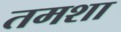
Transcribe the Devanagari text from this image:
तमशा